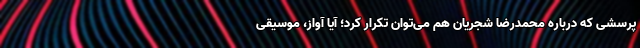
پرسشی که درباره محمدرضا شجریان هم می‌توان تکرار کرد؛ ‌آیا آواز، موسیقی